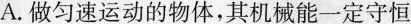
A.做匀速运动的物体，其机械能一定守恒